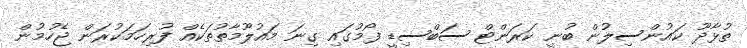
ތުޅާދޫ ކައުންސިލުން ބުނީ ކަަރަންޓް ސަބްސިޑީ ފޯމުގައި ގިނަ މައުލޫމާތުތަކެއް ފުރިހަމަކުރަން ޖެހުމުން